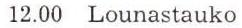
12.00 Lounastauko